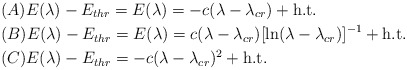
\begin{align*}&(A) E(\lambda) - E_{thr}=E(\lambda)= - c (\lambda-\lambda_{cr}) + \mbox{\textnormal{h.t.}} \\&(B) E(\lambda) - E_{thr}=E(\lambda)= c (\lambda-\lambda_{cr})[\ln (\lambda-\lambda_{cr})]^{-1}+ \mbox{\textnormal{h.t.}} \\&(C) E(\lambda)-E_{thr} = - c (\lambda-\lambda_{cr})^2 + \mbox{\textnormal{h.t.}} \end{align*}